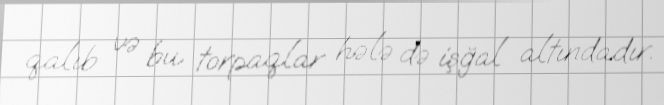
qalıb və bu torpaqlar hələ də işğal altındadır.